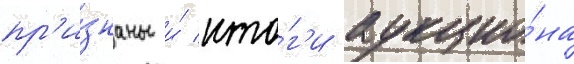
пр'и́знаны и́ ито́г'и аукцио́на